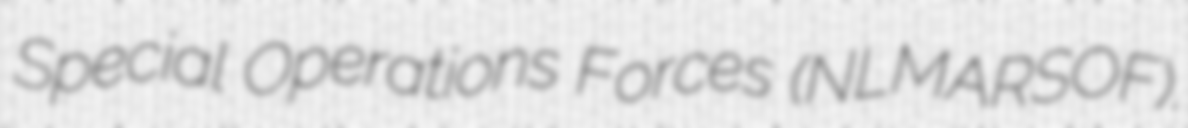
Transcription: Special Operations Forces (NLMARSOF).